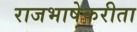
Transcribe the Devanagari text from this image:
राजभाषेकरीता